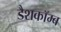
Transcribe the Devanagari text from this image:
डैशकॉम्ब